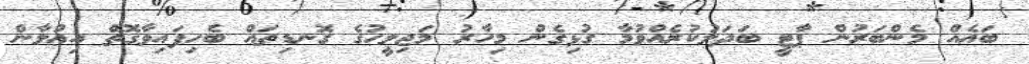
ބައެއް މެންބަރުން ޕާޓީ ބަދަލުކުރެއްވުމާ ގުޅިގެން މިހާރު މަޖިލީހުގެ ގޮނޑިތައް ބެހިފައިވާގޮތް އިޢުލާން